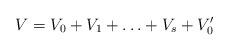
LaTeX: \begin{align*} V=V_0+ V_1+\ldots+ V_s+ V_0' \end{align*}